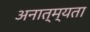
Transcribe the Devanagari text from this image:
अनात्म्यता